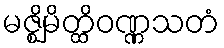
မဇ္ဈိမိတ္ထိဝဏ္ဏသတံ